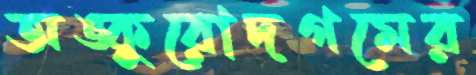
অঙ্কুরোদগমের